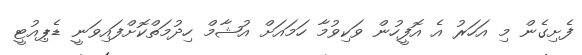
ފެށިގެން މި އަހަރު އެ އޮފީހުން ވަކިވުމާ ހަމައަށް އުޝާމް ހިދުމަތްކޮށްފައިވަނީ ޑެޕިއުޓީ